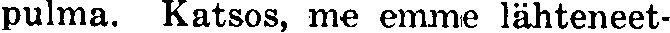
pulma. Katsos, me emme lähteneet-